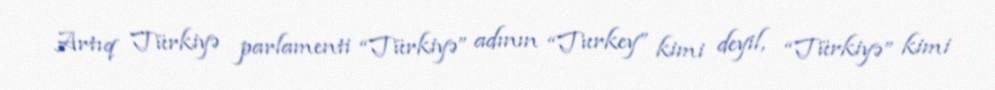
Artıq Türkiyə parlamenti “Türkiyə” adının “Turkey” kimi deyil, “Türkiyə” kimi